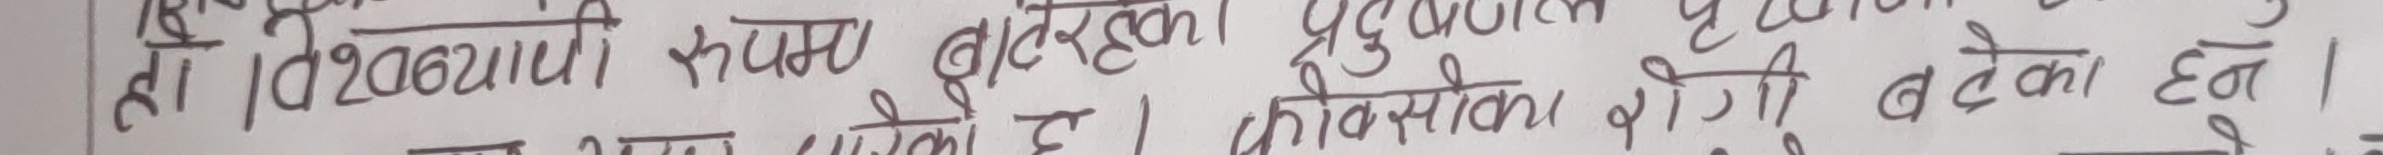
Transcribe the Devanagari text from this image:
हा | विश्वव्यापी रूपमा वितरकका रूपमा छ । प्रोडक्ट र सर्भिसका योग्यता बढेको छन ।